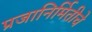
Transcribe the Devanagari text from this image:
प्रजानिर्मितीचे